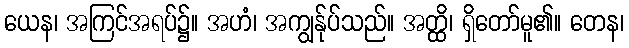
ယေန၊ အကြင်အရပ်၌။ အဟံ၊ အကျွန်ုပ်သည်။ အတ္ထိ၊ ရှိတော်မူ၏။ တေန၊